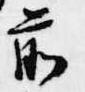
前